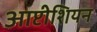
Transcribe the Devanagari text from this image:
आप्टीशियन